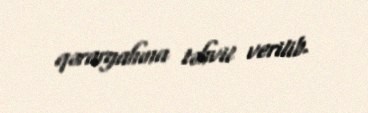
qərargahına təhvil verilib.